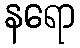
နရော